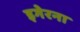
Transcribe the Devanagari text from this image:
इगेरना